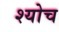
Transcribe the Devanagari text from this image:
श्योच